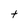
Character: t